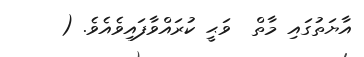
އާޔަތުގައި މާތް  ވަޙީ ކުރައްވާފައިވެއެވެ. (